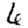
Digit: 6